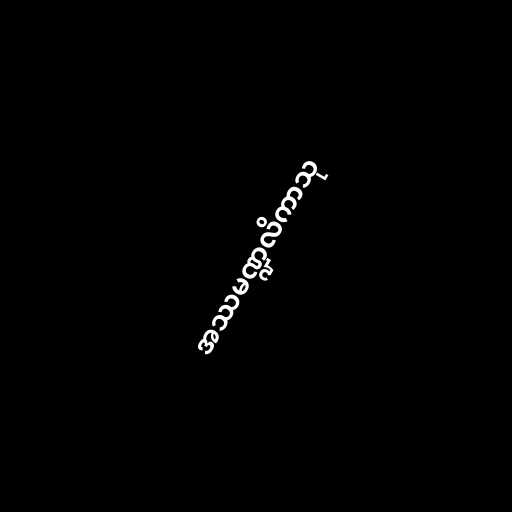
အဿမဏ္ဍလိကာသု